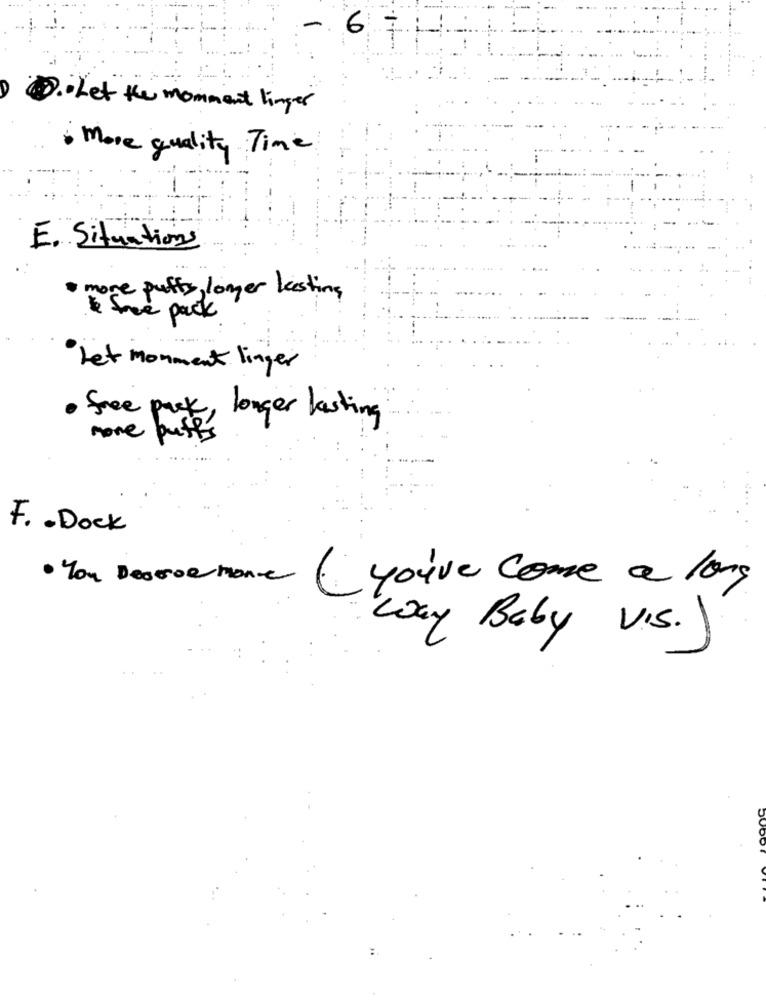
6
D. Let the momment linger
more quality Time
E. Situations
more puffs, longer lesting
* free pack
Let monment linger
· free pack, longer lasting
none puffs
F .. Dock
· You Deserve More
(you've come a long
Way Baby V.S.)